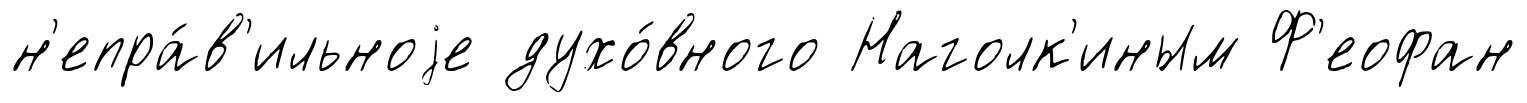
н'епра́в'ильноjе духо́вного Наголк'иным Ф'еофан